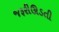
જરૂરીઊડતી